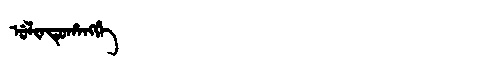
Manchu: ᡠᠯᡳᠨᡨᡠᡥᠠᠩᡤᡝ
Romanization: ULINTUHANGGE